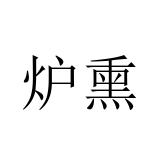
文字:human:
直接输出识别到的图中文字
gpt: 炉熏